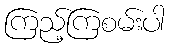
ကြည့်ကြစမ်းပါ